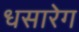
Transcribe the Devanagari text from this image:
धसारेग